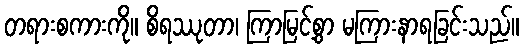
တရားစကားကို။ စိရဿုတာ၊ ကြာမြင့်စွာ မကြားနာရခြင်းသည်။